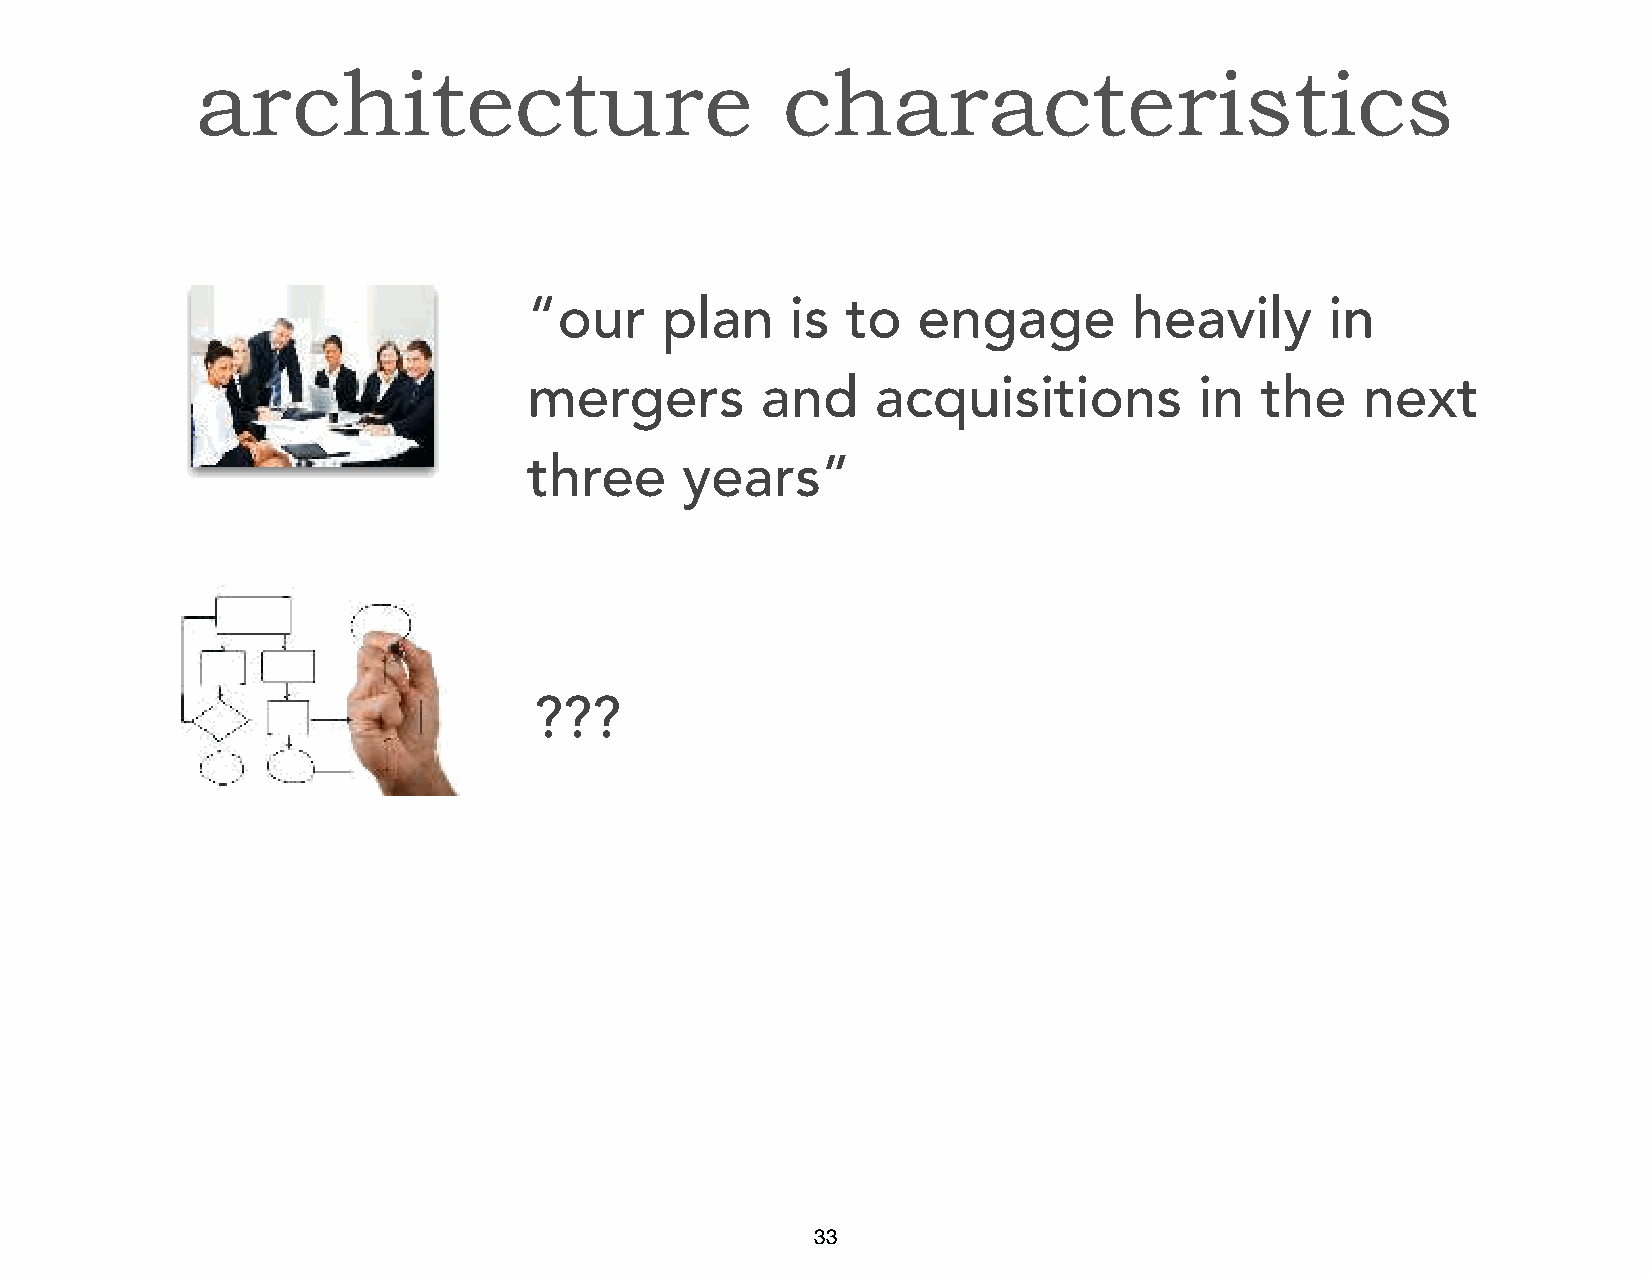
architecture                           characteristics
 “our     plan    is  to   engage        heavily      in
 mergers        and     acquisitions         in  the    next
 three     years”
 ???
 33